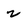
Character: 2